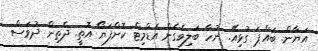
އަޔާން. ބައްޕަ ގުޅިއޭ. ނުހާ ބަލިވެގެން އެޑްމިޓް ކޮށްފަޔޯ އޮތީ. ދެތިން ދުވަސް